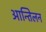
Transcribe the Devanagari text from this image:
आन्तिलन